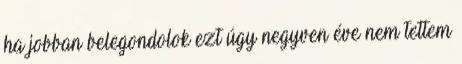
ha jobban belegondolok ezt úgy negyven éve nem tettem